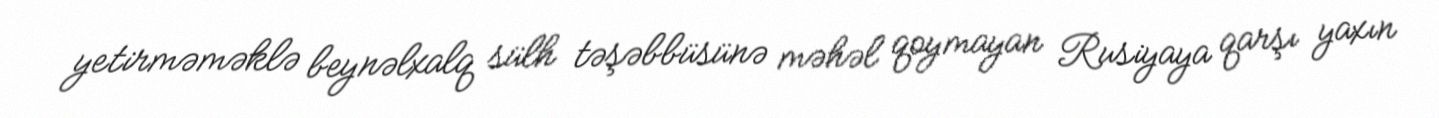
yetirməməklə beynəlxalq sülh təşəbbüsünə məhəl qoymayan Rusiyaya qarşı yaxın